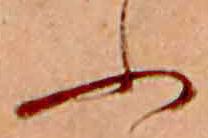
ふ